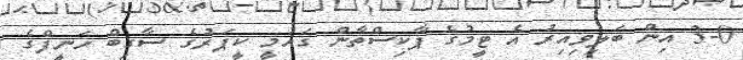
3-0 އިން ބަލިވިއިރު އެ ޓީމުގެ ޕާކިސްތާން ގައުމީ ކީޕަރުގެ ސާގިބް ހަނީފްގެ